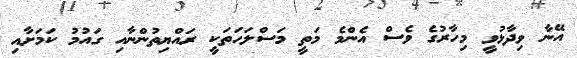
އޭނާ ވިދާޅުވީ މިހާރުގެ ވެސް އެންމެ މަތީ މަސްލަހަތަކީ ރައްޔިތުންނާއި ގައުމު ކަމަށާއި